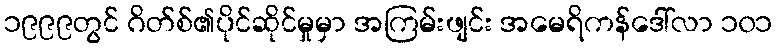
၁၉၉၉တွင် ဂိတ်စ်၏ပိုင်ဆိုင်မှုမှာ အကြမ်းဖျင်း အမေရိကန်ဒေါ်လာ ၁၀၁